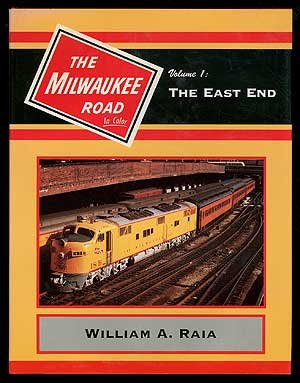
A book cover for The Milwaukee Road in Color, Vol. 1: The East End; William A. Raia; Travel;